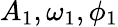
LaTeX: A_{1},\omega_{1},\phi_{1}